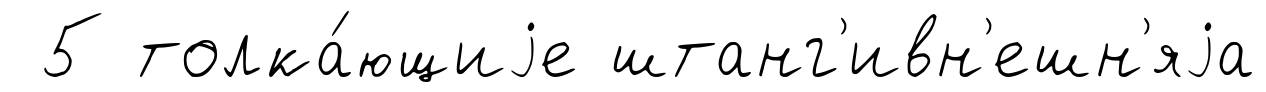
5 толка́ющиjе штанг'ивн'ешн'яjа